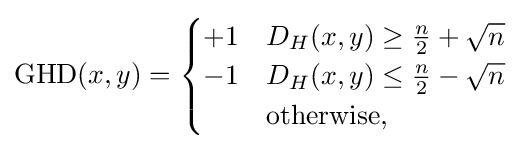
\operatorname {GHD} (x,y)={\begin{cases}+1&D_{H}(x,y)\geq {\frac {n}{2}}+{\sqrt {n}}\\-1&D_{H}(x,y)\leq {\frac {n}{2}}-{\sqrt {n}}\\*&{\text{otherwise}},\end{cases}}